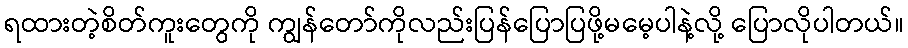
ရထားတဲ့စိတ်ကူးတွေကို ကျွန်တော်ကိုလည်းပြန်ပြောပြဖို့မမေ့ပါနဲ့လို့ ပြောလိုပါတယ်။